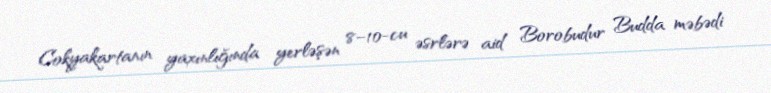
Cokyakartanın yaxınlığında yerləşən 8–10-cu əsrlərə aid Borobudur Budda məbədi